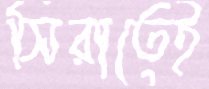
সিরাতেই